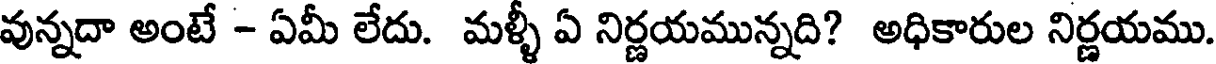
వున్నదా అంటే - ఏమీ లేదు. మళ్ళీ ఏ నిర్ణయమున్నది? అధికారుల నిర్ణయము.